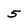
Character: 5